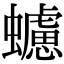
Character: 𧓻